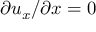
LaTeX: \partial u _ { x } / \partial x = 0